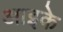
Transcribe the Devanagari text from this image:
आइके